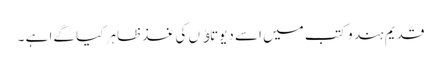
قدیم ہند وکتب میں اسے دیوتاﺅں کی غذظاہر کیا گےا ہے ۔